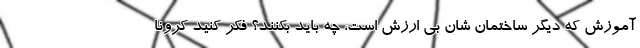
آموزش که دیگر ساختمان شان بی ارزش است، چه باید بکنند؟ فکر کنید کرونا